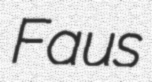
Faus